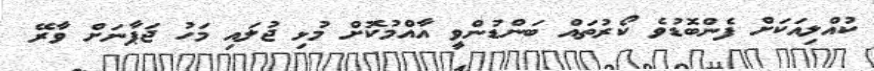
ކުއްލިއަކަށް ފެންބޮޑުވެ ކޯރުތައް ބަންޑުންވީ އާއްމުކޮށް މުޅި ޖުލައި މަހު ޖަޕާނަށް ވާރޭ